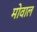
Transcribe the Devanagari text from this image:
मोवाल